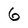
Character: 6